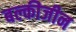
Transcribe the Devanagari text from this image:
बल्कीजीन